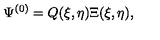
\Psi ^ { ( 0 ) } = Q ( \xi , \eta ) \Xi ( \xi , \eta ) ,